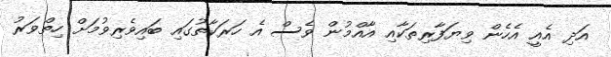
އަދި އެއީ އެހެން ވިޔަފާރިތަކާއި އާއްމުން ވެސް އެ ހަރަކާތުގައި ބައިވެރިވުމަށް ހިތްވަރު